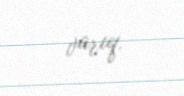
varıq.